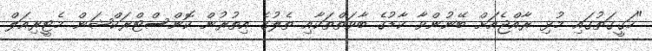
"ހަގީގަތުގައި މުޅި ރާއްޖެއަށް ބޭނުންވާ ކާޑުގެ ބާވަތްތަކާއި ތެލުގެ އިތުރުން ކޮންސްޓްރަކްޝަން މެޓީރިއަލް